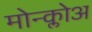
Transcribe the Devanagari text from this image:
मोन्क्लोअ